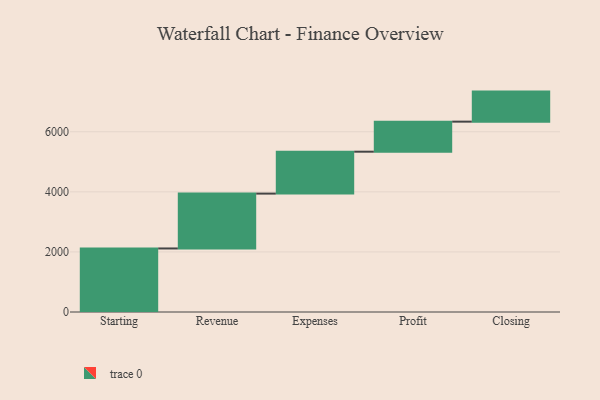
{"axis": {"x": "Step", "y": "Value"}, "legend": [""], "data": [{"x": "Starting", "y": 2115.0, "type": ""}, {"x": "Revenue", "y": 1826.0, "type": ""}, {"x": "Expenses", "y": 1395.0, "type": ""}, {"x": "Profit", "y": 1000, "type": ""}, {"x": "Closing", "y": 1000, "type": ""}]}